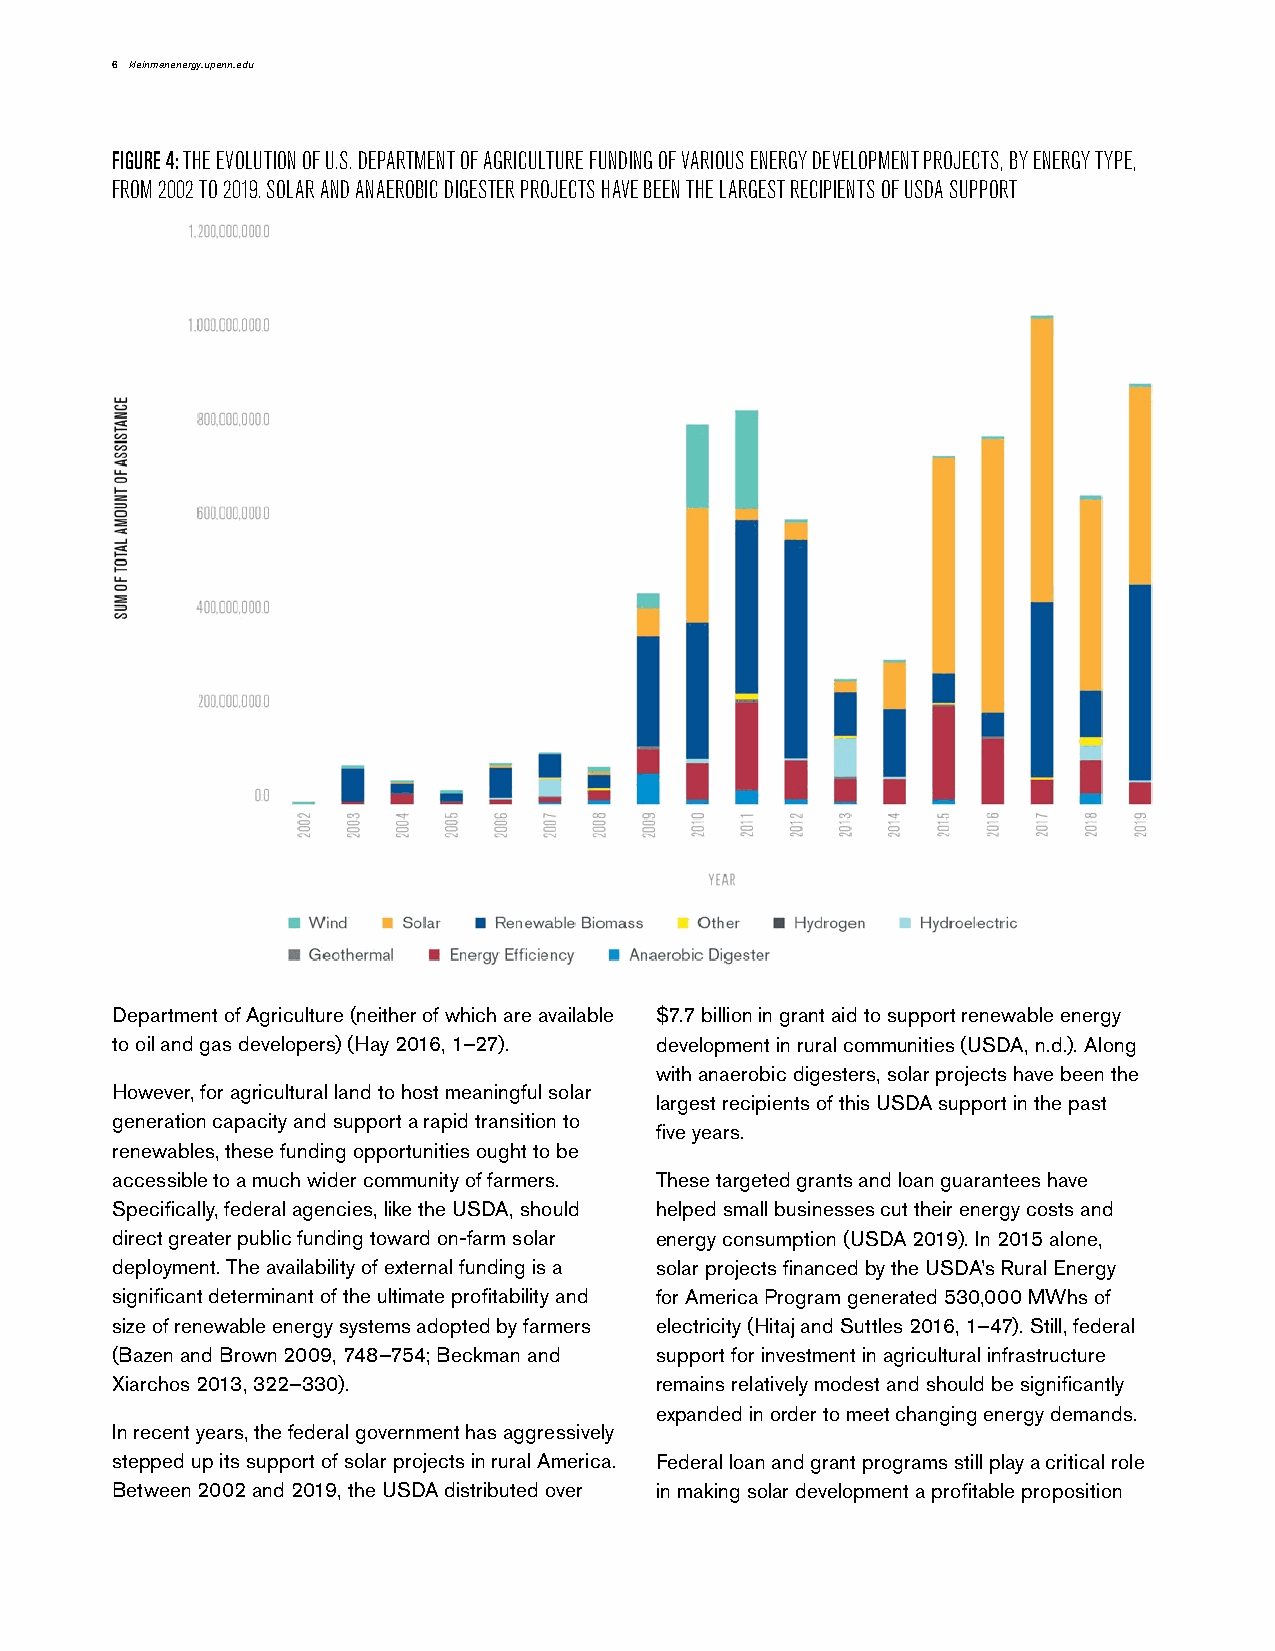
6 kleinmanenergy.upenn.edu
 FIGURE 4: THE EVOLUTION OF U.S. DEPARTMENT OF AGRICULTURE FUNDING OF VARIOUS ENERGY DEVELOPMENT PROJECTS, BY ENERGY TYPE,
 FROM 2002 TO 2019. SOLAR AND ANAEROBIC DIGESTER PROJECTS HAVE BEEN THE LARGEST RECIPIENTS OF USDA SUPPORT
 Department of Agriculture (neither of which are available $7.7 billion in grant aid to support renewable energy
 to oil and gas developers) (Hay 2016, 1–27). development in rural communities (USDA, n.d.). Along
 with anaerobic digesters, solar projects have been the
 However, for agricultural land to host meaningful solar
 largest recipients of this USDA support in the past
 generation capacity and support a rapid transition to
 five years.
 renewables, these funding opportunities ought to be
 accessible to a much wider community of farmers. These targeted grants and loan guarantees have
 Specifically, federal agencies, like the USDA, should helped small businesses cut their energy costs and
 direct greater public funding toward on-farm solar energy consumption (USDA 2019). In 2015 alone,
 deployment. The availability of external funding is a solar projects financed by the USDA’s Rural Energy
 significant determinant of the ultimate profitability and for America Program generated 530,000 MWhs of
 size of renewable energy systems adopted by farmers electricity (Hitaj and Suttles 2016, 1–47). Still, federal
 (Bazen and Brown 2009, 748–754; Beckman and support for investment in agricultural infrastructure
 Xiarchos 2013, 322–330).            remains relatively modest and should be significantly
 expanded in order to meet changing energy demands.
 In recent years, the federal government has aggressively
 stepped up its support of solar projects in rural America. Federal loan and grant programs still play a critical role
 Between 2002 and 2019, the USDA distributed over in making solar development a profitable proposition